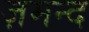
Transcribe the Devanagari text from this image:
ज़मन्द